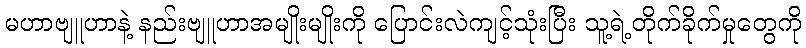
မဟာဗျူဟာနဲ့ နည်းဗျူဟာအမျိုးမျိုးကို ပြောင်းလဲကျင့်သုံးပြီး သူ့ရဲ့တိုက်ခိုက်မှုတွေကို